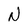
Character: N